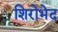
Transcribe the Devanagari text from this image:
शिरोभेद